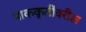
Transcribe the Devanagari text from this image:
पाककृतींवरील